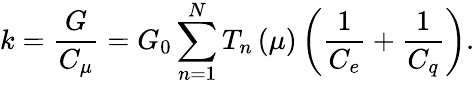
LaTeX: k=\frac{G}{C_{\mu}}=G_{0}\sum_{n=1}^{N}T_{n}\left(\mu\right)\left(\frac{1}{C_{e}}+\frac{1}{C_{q}}\right).